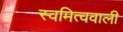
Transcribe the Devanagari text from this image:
स्वमित्ववाली